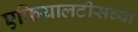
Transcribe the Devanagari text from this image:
एफियालटीसच्या